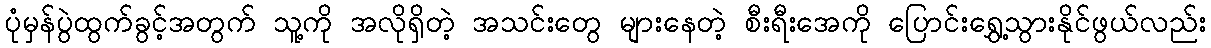
ပုံမှန်ပွဲထွက်ခွင့်အတွက် သူ့ကို အလိုရှိတဲ့ အသင်းတွေ များနေတဲ့ စီးရီးအေကို ပြောင်းရွှေ့သွားနိုင်ဖွယ်လည်း